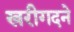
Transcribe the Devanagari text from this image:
खरीगदने